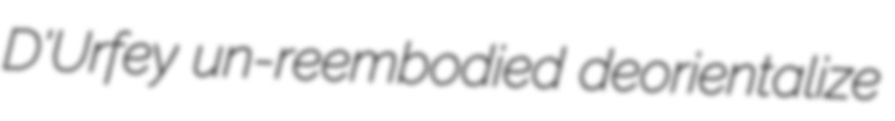
D'Urfey un-reembodied deorientalize